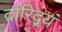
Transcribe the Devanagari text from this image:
दारिद्र्यं